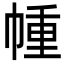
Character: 㡖